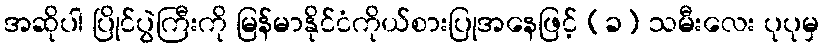
အဆိုပါ ပြိုင်ပွဲကြီးကို မြန်မာနိုင်ငံကိုယ်စားပြုအနေဖြင့် (ခ) သမီးလေး ပုပုမှ